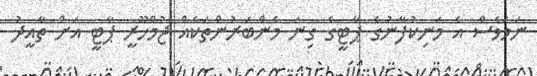
ނަމަވެސް އެ މަނިކުފާނުގެ ޕާޓީގެ ގިނަ މެންބަރުންތަކެއް ޖުމްހޫރީ ޕާޓީ އަށް ތާއީދު